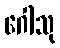
ဂေါသု